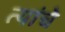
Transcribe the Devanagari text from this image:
त्यांंचेे